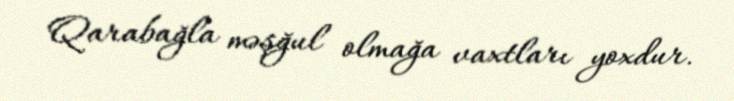
Qarabağla məşğul olmağa vaxtları yoxdur.